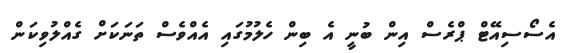
އެސޯސިއޭޓް ޕްރެސް އިން ބުނީ އެ ބިން ހެލުމުގައި އެއްވެސް ތަނަކަށް ގެއްލުވިކަން